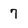
Character: 7